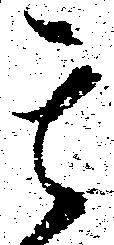
其